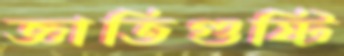
জ্ঞাতিগুষ্টি